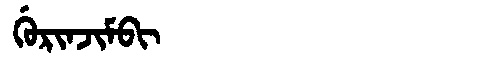
Manchu: ᡤᡠᡵᡳᠨᠵᡳᠮᠪᡳ
Romanization: GURINJIMBI